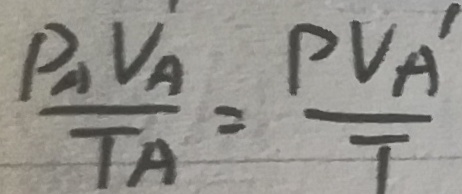
\frac { P _ { A } V _ { A } } { T _ { A } } = \frac { P V _ { A } ^ { \prime } } { T }